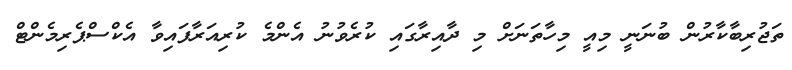
ތަޖުރިބާކާރުން ބުނަނީ މިއީ މިހާތަނަށް މި ދާއިރާގައި ކުރެވުނު އެންމެ ކުރިއަރާފައިވާ އެކްސްޕެރިމެންޓް